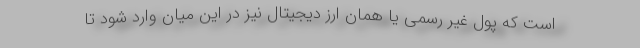
است که پول غیر رسمی یا همان ارز دیجیتال نیز در این میان وارد شود تا